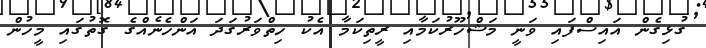
ގުޅިގެން އައިސްފައި ވަނީ މަޝްހޫރުކަމާއި ރީތިކަމާ އެކު ހިތްވަރުގަދަ އަންހެނެއްގެ ގޮތުގައި މީހުން